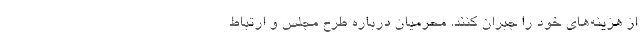
از هزینه‌های خود را جبران کنند. محرمیان درباره طرح مجلس و ارتباط